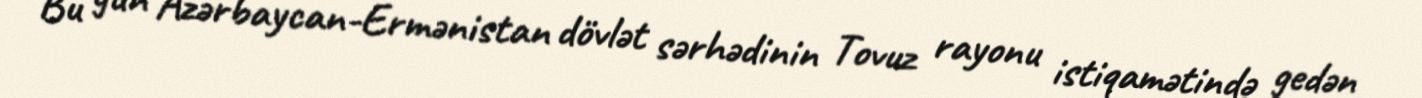
Bu gün Azərbaycan-Ermənistan dövlət sərhədinin Tovuz rayonu istiqamətində gedən